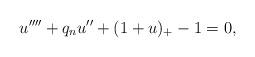
LaTeX: \begin{align*}u''''+q_nu''+ (1+u)_+-1=0,\end{align*}